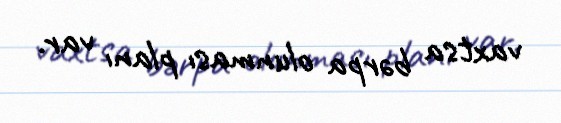
vaxtsa bərpa olunması planı var.